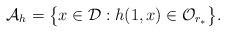
LaTeX: \begin{align*}{\mathcal A}_h=\big\{x \in \mathcal D: h(1,x)\in \mathcal O_{r_*}\big\}.\end{align*}